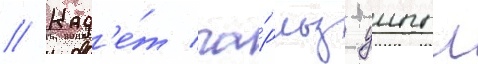
// Кад'е́т ча́рльз уиппл